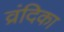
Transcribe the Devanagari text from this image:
व्रंदिका